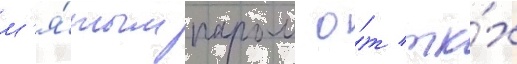
м'я́тым паром о́т ткх